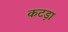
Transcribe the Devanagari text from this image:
कटड़ा